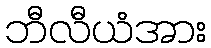
ဘီလီယံအား